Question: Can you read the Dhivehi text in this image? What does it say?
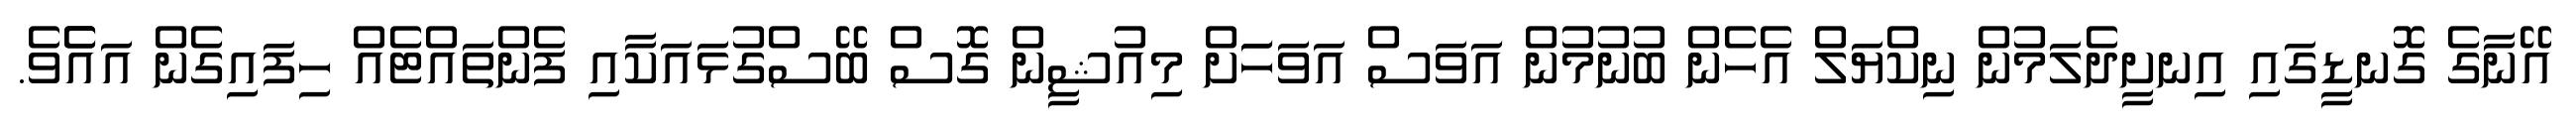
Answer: އޭނާގެ ގޮނޑީގައި އިނށީދެލަމުން ނިކްޔަލް އެހެން ބުނުމުން އަވަސް އަވަހަަށް މިއުޝީން ގޮސް ބޭސްގުޅައަކާއި ފެންތައްޓެއް ހިފައިގެން އައެެވެ.